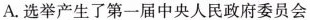
A.选举产生了第一届中央人民政府委员会